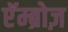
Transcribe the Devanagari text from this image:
एॅम्ब्रोज़